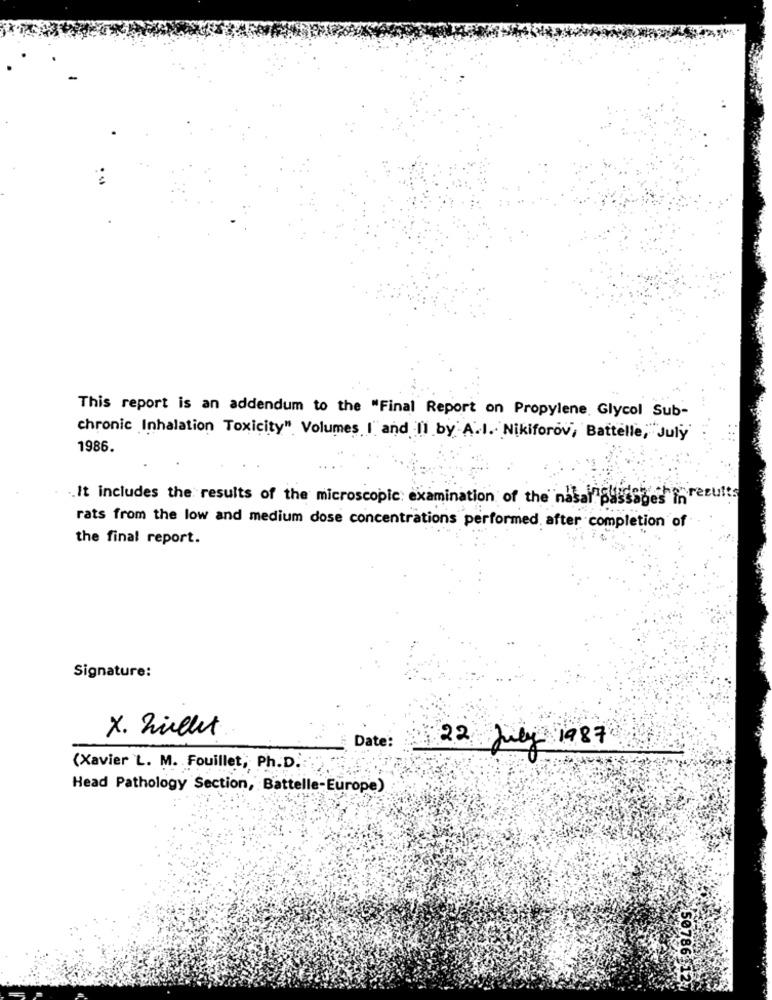
This report is an addendum to the "Final Report on Propylene Glycol Sub-
chronic Inhalation Toxicity" Volumes I and II by A.I. Nikiforov, Battelle, July
1986.
.. It includes the results of the microscopic: examination of the nasal passages frecuits
rats from the low and medium dose concentrations performed, after completion of
the final report.
Signature:
X. Zillet
Date :
22 July 1987
(Xavier L. M. Fouillet, Ph.D.
Head Pathology Section, Battelle-Europe)